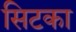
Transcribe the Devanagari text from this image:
सिटका